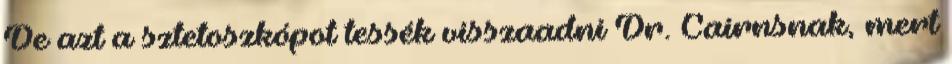
De azt a sztetoszkópot tessék visszaadni Dr. Cairnsnak, mert